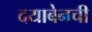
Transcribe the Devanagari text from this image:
दयाबेनची